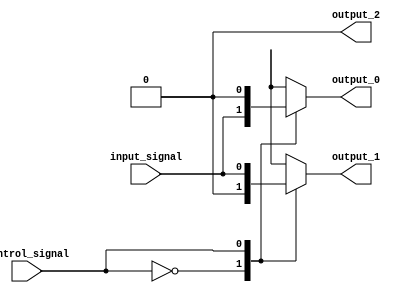
module demux(
    input wire input_signal,
    input wire control_signal,
    output reg output_0,
    output reg output_1,
    output reg output_2
);

always @(*) begin
    case(control_signal)
        2'b00: begin
            output_0 = input_signal;
            output_1 = 1'b0;
            output_2 = 1'b0;
        end
        2'b01: begin
            output_0 = 1'b0;
            output_1 = input_signal;
            output_2 = 1'b0;
        end
        2'b10: begin
            output_0 = 1'b0;
            output_1 = 1'b0;
            output_2 = input_signal;
        end
        default: begin
            output_0 = 1'b0;
            output_1 = 1'b0;
            output_2 = 1'b0;
        end
    endcase
end

endmodule